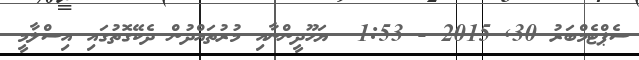
ސެޕްޓެމްބަރު 30